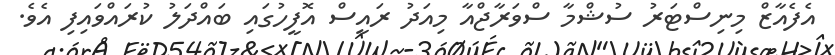
އެފެއާޒް މިނިސްޓަރު ސުޝްމާ ސްވަރާޖްއާ މިއަދު ރައީސް އޮފީހުގައި ބައްދަލު ކުރައްވައިފި އެވެ.